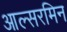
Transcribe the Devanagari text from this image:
आल्सरमिन